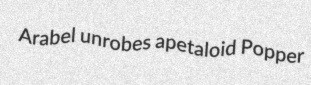
Arabel unrobes apetaloid Popper